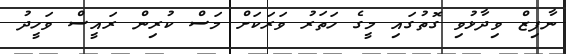
ނާފިޒް ވިދާޅުވި ގޮތުގައި މީގެ ހަތަރު ވަރަކަށް މަސް ކުރިން ރައީސް ވަހީދު